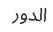
الدور